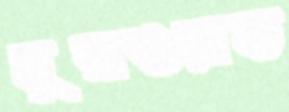
মুরাওয়াত